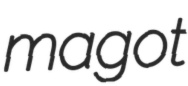
magot